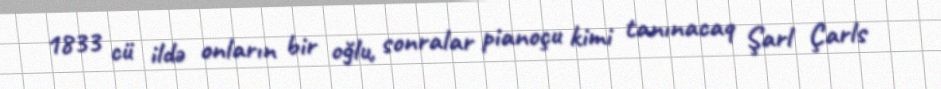
1833 cü ildə onların bir oğlu, sonralar pianoçu kimi tanınacaq Şarl Çarls